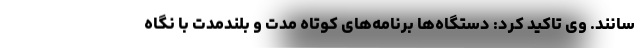
سانند. وی تاکید کرد: دستگاه‌ها برنامه‌های کوتاه مدت و بلندمدت با نگاه